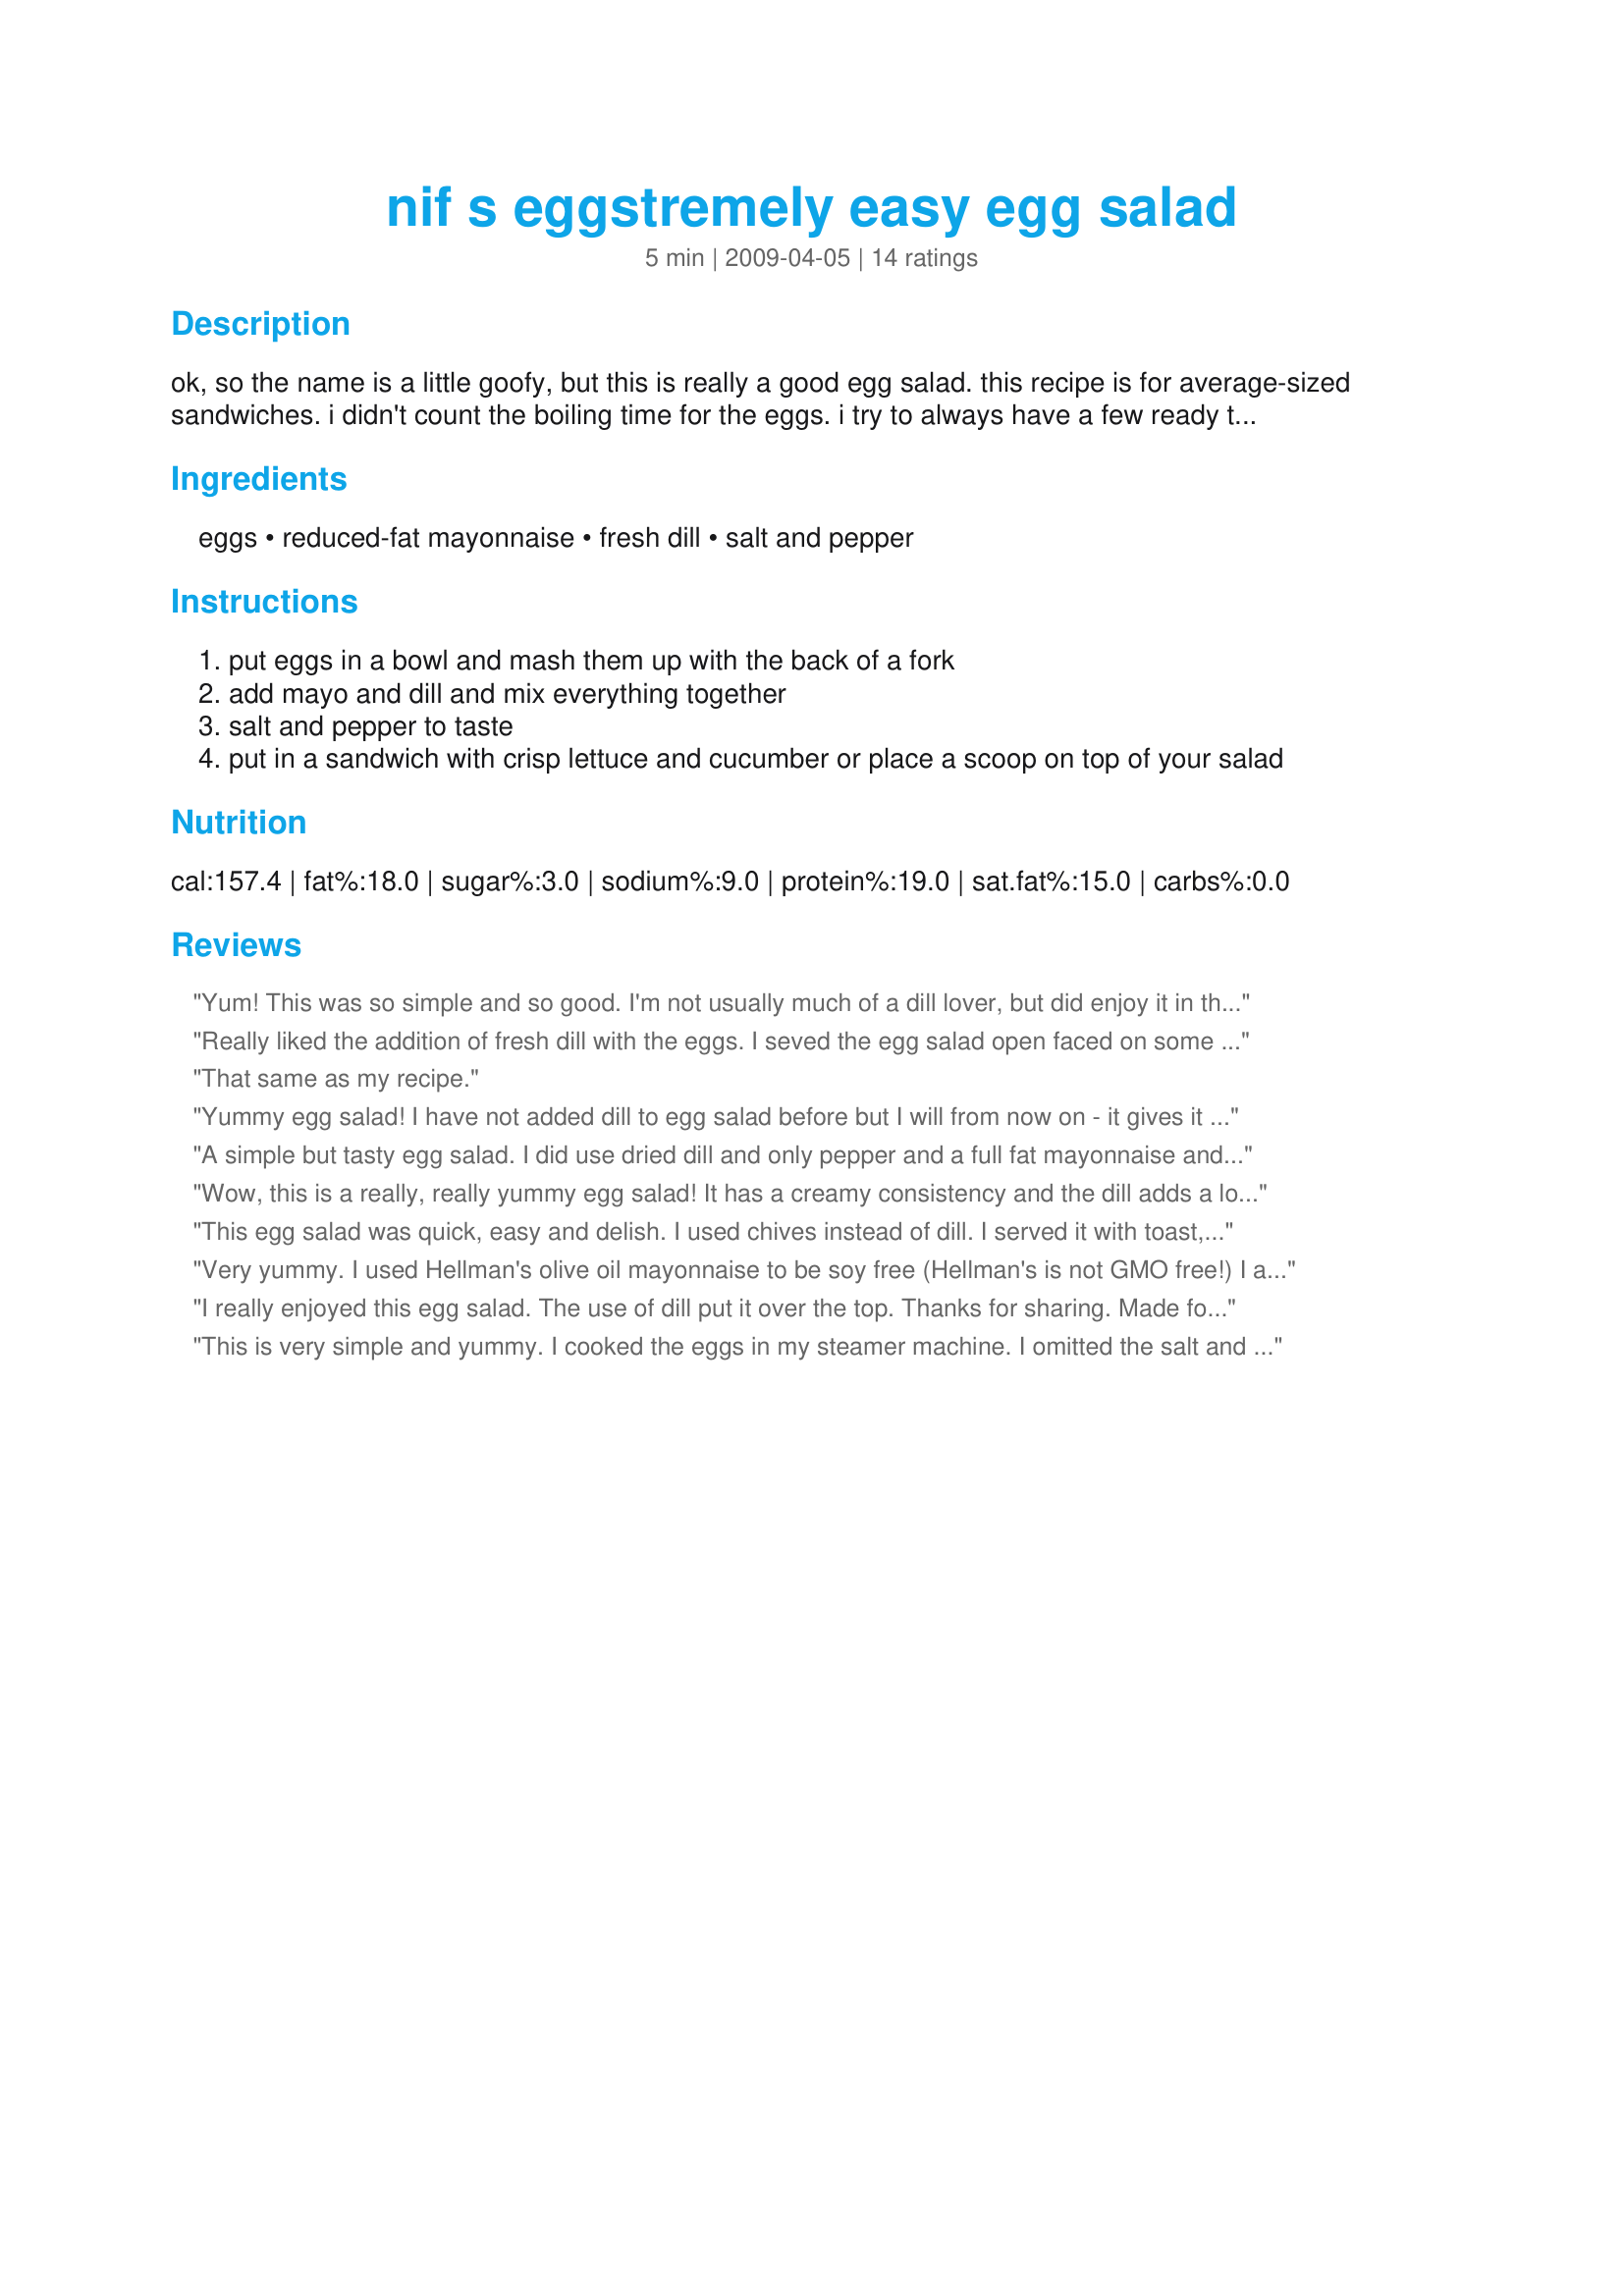
nif s eggstremely easy egg salad
Preparation time: 5 minutes

ok, so the name is a little goofy, but this is really a good egg salad. this recipe is for average-sized sandwiches. i didn't count the boiling time for the eggs. i try to always have a few ready to go in my fridge. enjoy!

Ingredients:
eggs, reduced-fat mayonnaise, fresh dill, salt and pepper

Steps:
put eggs in a bowl and mash them up with the back of a fork
add mayo and dill and mix everything together
salt and pepper to taste
put in a sandwich with crisp lettuce and cucumber or place a scoop on top of your salad

Reviews:
Yum! This was so simple and so good. I'm not usually much of a dill lover, but did enjoy it in this sandwich. Thanks Nif for a nice treat. Made for Went To The Market Tag.
Really liked the addition of fresh dill with the eggs. I seved the egg salad open faced on some toasted 3-cheese semolina bread. Fantastic!!
That same as my recipe.
Yummy egg salad! I have not added dill to egg salad before but I will from now on - it gives it a wonderful flavor. Enjoyed with crackers and cucumbers for a great lunch - thanks for sharing the recipe!
A simple but tasty egg salad. I did use dried dill and only pepper and a full fat mayonnaise and put into slices of wholemeal/wholegrain bread with crispy iceberg lettuce picked fresh from the garden. Thank you Nif and Lalaloula for recommending in I Recommend tag game.
Wow, this is a really, really yummy egg salad! It has a creamy consistency and the dill adds a lovely flavour! I used this in a salad and thought it was a lovely addition!
THANKS SO MUCH for sharing this lovely recipe with us, Nif!
Made and reviewed for Everyday Is A Holiday Tag Game Octobre 09.
This egg salad was quick, easy and delish. I used chives instead of dill. I served it with toast, fresh sliced tomatoes and lettuce leaves. A keeper. Made for Went to the market.
Very yummy. I used Hellman's olive oil mayonnaise to be soy free (Hellman's is not GMO free!) I also used additional fresh dill. I used freshly ground black pepper and sea salt. I would have liked some crunch in it. DD1 (4 years) and I had this with rice crackers for breakfast.
I really enjoyed this egg salad. The use of dill put it over the top. Thanks for sharing. Made for Football Pool 2011.
This is very simple and yummy. I cooked the eggs in my steamer machine. I omitted the salt and pepper. Thanks Nif :) Made for 123 hit wonders
Wow! What a great way to use up all of those eggs from Easter! Good timing or what? This is tasty and easy! Great for salads and sandwiches! Thanks again, Nif! Made for Go For The Green event at KK's site!
Oh yum,oh yum,oh yum!
I love egg mayonnaise,and this was just great.The ratio of mayo to egg was perfect,although it looked a little on the mean side to begin with.I even really liked the addition of the dill,which is one of my least favourite herbs,and one I usually avoid.
This made some great sandwiches,which were gobbled up with great gusto by DH and myself.
Top marks Nif!!
Made for PhotoTag.
Lovely egg salad! I liked that there wasn't too much mayo in this one- it let the egg be the real star! I spread this over white bread, topped with sliced tomatoes and another piece of bread to make a yummy sandwich! Thanks Nif!
Egg salad is a favorite. Loved the addition of fresh dill. I doubled the amount. Made sandwiches along with a side salad for a simple delicious lunch. Thanks for sharing.
